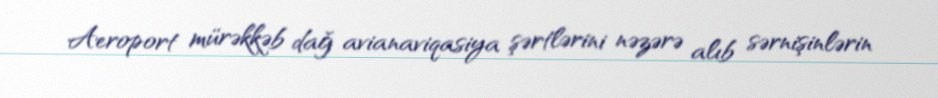
Aeroport mürəkkəb dağ avianaviqasiya şərtlərini nəzərə alıb sərnişinlərin